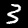
Digit: 3